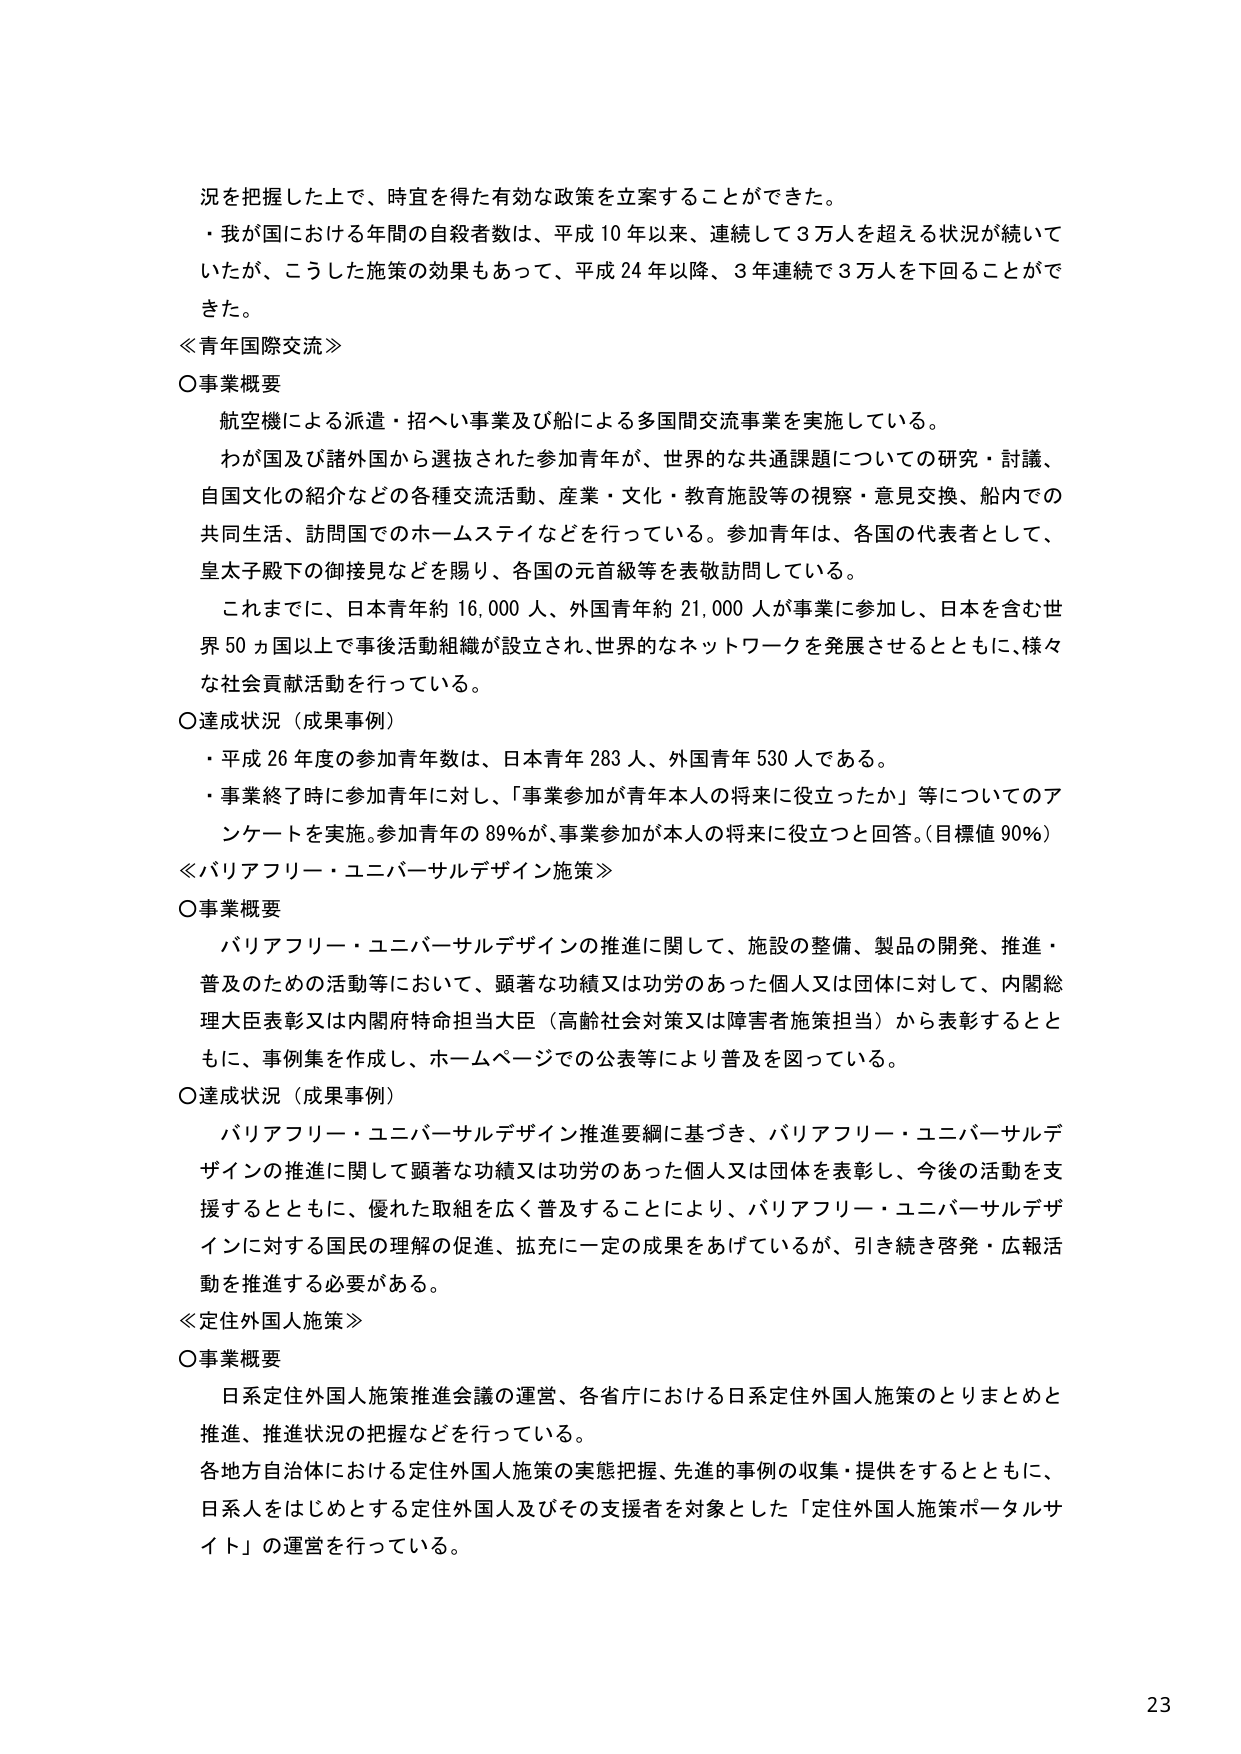
況を把握した上で、時宜を得た有効な政策を立案することができた。
・我が国における年間の自殺者数は、平成10年以来、連続して3万人を超える状況が続いていたが、こうした施策の効果もあって、平成24年以降、3年連続で3万人を下回ることができた。

≪青年国際交流≫
○事業概要
　航空機による派遣・招へい事業及び船による多国間交流事業を実施している。
　わが国及び諸外国から選抜された参加青年が、世界的な共通課題についての研究・討議、自国文化の紹介などの各種交流活動、産業・文化・教育施設等の視察・意見交換、船内での共同生活、訪問国でのホームステイなどを行っている。参加青年は、各国の代表者として、皇太子殿下の御接見などを賜り、各国の元首級等を表敬訪問している。
　これまでに、日本青年約16,000人、外国青年約21,000人が事業に参加し、日本を含む世界50ヵ国以上で事後活動組織が設立され、世界的なネットワークを発展させるとともに、様々な社会貢献活動を行っている。
○達成状況（成果事例）
　・平成26年度の参加青年数は、日本青年283人、外国青年530人である。
　・事業終了時に参加青年に対し、「事業参加が青年本人の将来に役立ったか」等についてのアンケートを実施。参加青年の89％が、事業参加が本人の将来に役立つと回答。（目標値90％）

≪バリアフリー・ユニバーサルデザイン施策≫
○事業概要
　バリアフリー・ユニバーサルデザインの推進に関して、施設の整備、製品の開発、推進・普及のための活動等において、顕著な功績又は功労のあった個人又は団体に対して、内閣総理大臣表彰又は内閣府特命担当大臣（高齢社会対策又は障害者施策担当）から表彰するとともに、事例集を作成し、ホームページでの公表等により普及を図っている。
○達成状況（成果事例）
　バリアフリー・ユニバーサルデザイン推進要綱に基づき、バリアフリー・ユニバーサルデザインの推進に関して顕著な功績又は功労のあった個人又は団体を表彰し、今後の活動を支援するとともに、優れた取組を広く普及することにより、バリアフリー・ユニバーサルデザインに対する国民の理解の促進、拡充に一定の成果をあげているが、引き続き啓発・広報活動を推進する必要がある。

≪定住外国人施策≫
○事業概要
　日系定住外国人施策推進会議の運営、各省庁における日系定住外国人施策のとりまとめと推進、推進状況の把握などを行っている。
　各地方自治体における定住外国人施策の実態把握、先進的事例の収集・提供をするとともに、日系人をはじめとする定住外国人及びその支援者を対象とした「定住外国人施策ポータルサイト」の運営を行っている。

23